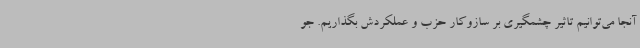
آنجا می‌توانیم تاثیر چشمگیری بر سازوکار حزب و عملکردش بگذاریم. جو